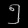
Digit: ၅